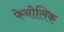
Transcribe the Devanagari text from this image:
फेनोलिक